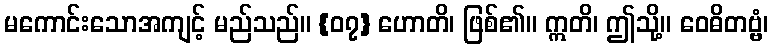
မကောင်းသောအကျင့် မည်သည်။ {၀၇} ဟောတိ၊ ဖြစ်၏။ ဣတိ၊ ဤသို့။ ဝေဓိတဗ္ဗံ၊